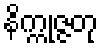
နိက္ကုဇ္ဇတု